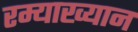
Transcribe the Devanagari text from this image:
रम्याख्यान